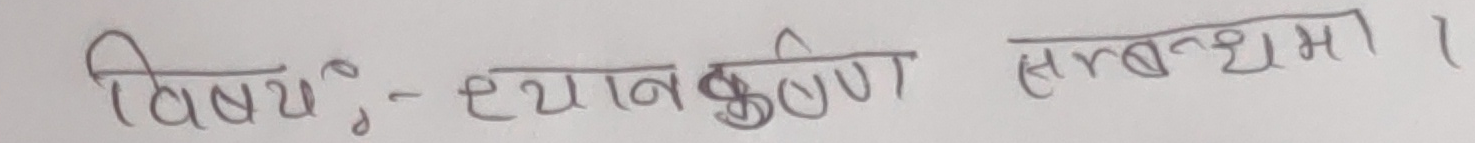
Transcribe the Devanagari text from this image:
विषयः- ध्यान कृष्णा सम्बन्धमा ।